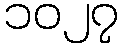
၁၀၂၇